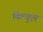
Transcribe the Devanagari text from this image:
बिल्गुएर